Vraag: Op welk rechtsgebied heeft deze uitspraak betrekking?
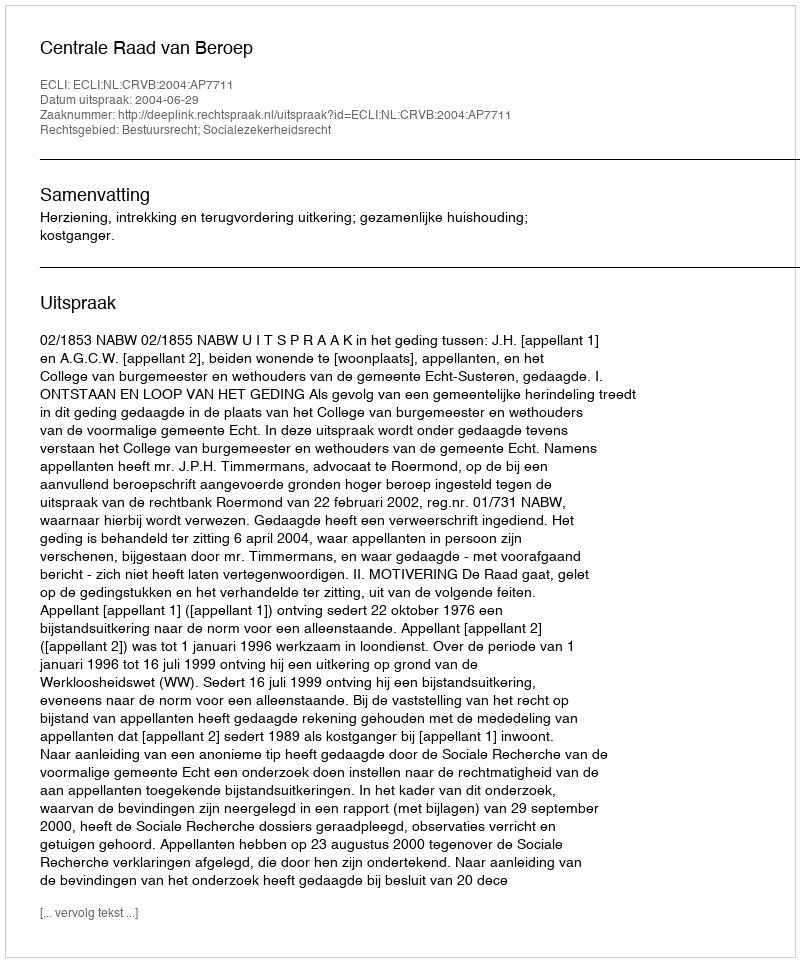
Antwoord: Bestuursrecht; Socialezekerheidsrecht